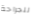
للجراحة